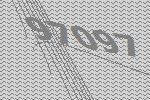
97097